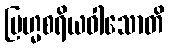
ဗြဟ္မစရိယဝါသောတိ